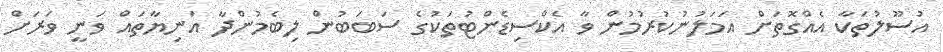
އުސޫލުތަކާ އެއްގޮތަށް އަމަލުނުކުރުމުން ވާ އެކްސިޑެންޓުތަކުގެ ސަބަބުން ލިބެމުންދާ އަނިޔާތައް ވަނީ ވަރަށް